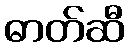
ဓာတ်ဆီ